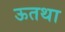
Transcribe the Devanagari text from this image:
ऊतथा